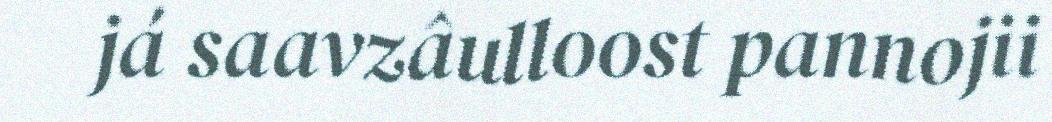
já saavzâulloost pannojii